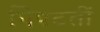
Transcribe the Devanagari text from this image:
निपटतीं